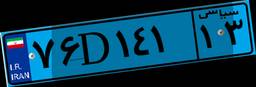
۷۶D۱۴۱۱۳